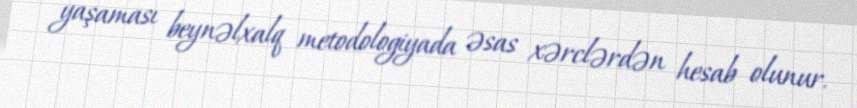
yaşaması beynəlxalq metodologiyada əsas xərclərdən hesab olunur.